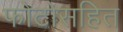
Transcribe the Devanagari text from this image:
फोटोसहित